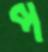
প